Civil Veterinary Department Bihar & Orissa reports 1922-29 - 1922-1929
Year: 1922
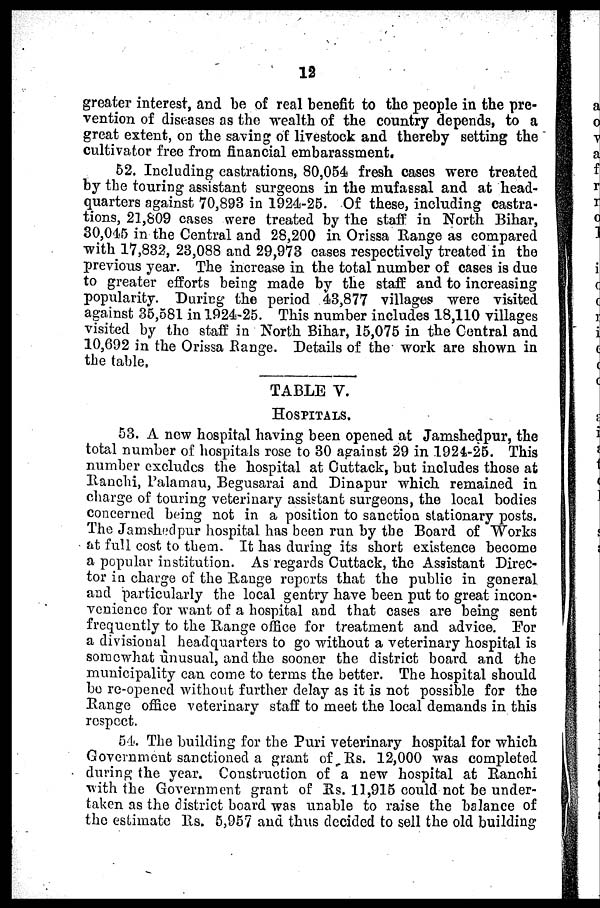
12
greater interest, and be of real benefit to the people in the pre-
vention of diseases as the wealth of the country depends, to a
great extent, on the saving of livestock and thereby setting the
cultivator free from financial embarassment.
52. Including castrations, 80,054 fresh cases were treated
by the touring assistant surgeons in the mufassal and at head-
quarters against 70,893 in 1924-25. Of these, including castra-
tions, 21,809 cases were treated by the staff in North Bihar,
30,045 in the Central and 28,200 in Orissa Range as compared
with 17,832, 23,088 and 29,973 cases respectively treated in the
previous year. The increase in the total number of cases is due
to greater efforts being made by the staff and to increasing
popularity. During the period 43,877 villages were visited
against 35,581 in 1924-25. This number includes 18,110 villages
visited by the staff in North Bihar, 15,075 in the Central and
10,692 in the Orissa Range. Details of the work are shown in
the table,
TABLE V.
HOSPITALS.
53. A new hospital having been opened at Jamshedpur, the
total number of hospitals rose to 30 against 29 in 1924-25. This
number excludes the hospital at Cuttack, but includes those at
Ranchi, Palamau, Begusarai and Dinapur which remained in
charge of touring veterinary assistant surgeons, the local bodies
concerned being not in a position to sanction stationary posts.
The Jamshedpur hospital has been run by the Board of Works
at full cost to them. It has during its short existence become
a popular institution. As regards Cuttack, the Assistant Direc-
tor in charge of the Bange reports that the public in general.
and particularly the local gentry have been put to great incon-
venience for want of a hospital and that cases are being sent
frequently to the Bange office for treatment and advice. For
a divisional headquarters to go without a veterinary hospital is
some what unusual, and the sooner the district board and the
municipality can come to terms the better. The hospital should
be re-opened without further delay as it is not possible for the
Range office veterinary staff to meet the local demands in this
respect.
54. The building for the Puri veterinary hospital for which
Government sanctioned a grant of Rs. 12,000 was completed
during the year. Construction of a new hospital at Ranchi
with the Government grant of Rs. 11,915 could not be under-
taken as the district board was unable to raise the balance of
the estimate Bs. 5,957 and thus decided to sell the old building